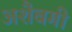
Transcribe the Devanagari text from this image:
अशैबगी